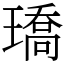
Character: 𤩝